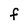
Character: f